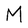
Character: M